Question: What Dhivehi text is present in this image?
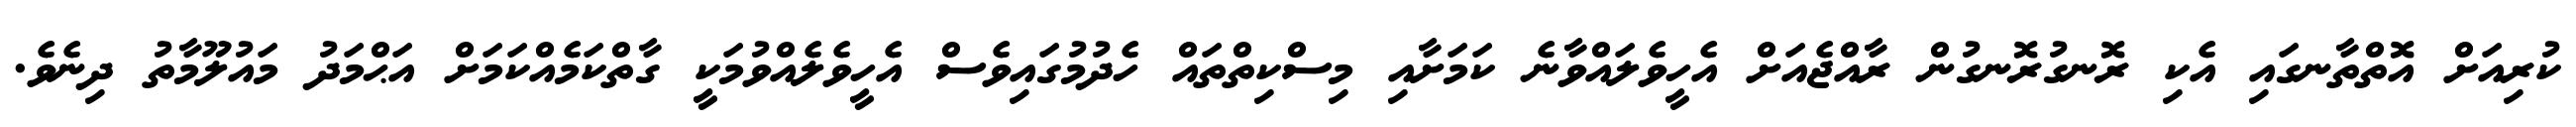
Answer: ކުރިއަށް އޮތްތާނގައި އެކި ރޮނގުރޮނގުން ރާއްޖެއަށް އެހީވެލައްވާނެ ކަމަށާއި މިސްކިތްތައް ހެދުމުގައިވެސް އެހީވެލެއްވުމަކީ ގާތްކަމެއްކަމަށް އަޙްމަދު މައުލޫމާތު ދިނެވެ.